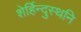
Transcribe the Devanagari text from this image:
शेर्हिन्दुस्थनि